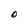
Character: O